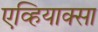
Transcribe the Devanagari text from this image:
एव्हियाक्सा